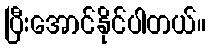
ပြီးအောင်နိုင်ပါတယ်။